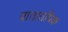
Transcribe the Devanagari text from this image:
वातातपिक